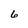
Character: 6